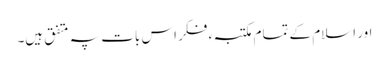
اور اسلام کے تمام مکتبہء فکر اس بات پہ متفق ہیں۔